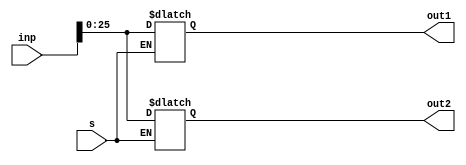
module demux26(inp,s,out1,out2);
input s;
input[31:0] inp;
output reg [25:0] out1,out2;
always@(inp)begin
  if(s) out2 = inp[25:0];
  else out1 = inp[25:0];
end
endmodule